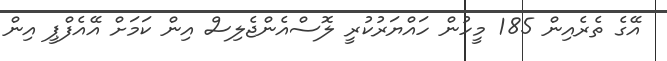
އޭގެ ތެރެއިން 185 މީހުން ހައްޔަރުކުރީ ލޮސްއެންޖެލިސް އިން ކަމަށް އޭއެފްޕީ އިން